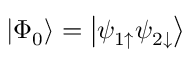
\left| \Phi _ { 0 } \right> = \left| \psi _ { 1 \uparrow } \psi _ { 2 \downarrow } \right>